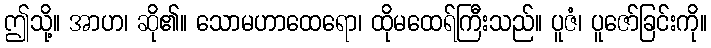
ဤသို့။ အာဟ၊ ဆို၏။ သောမဟာထေရော၊ ထိုမထေရ်ကြီးသည်။ ပူဇံ၊ ပူဇော်ခြင်းကို။